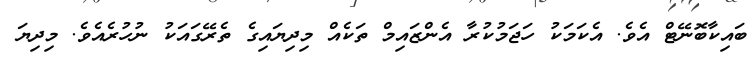
ބައިކާބޮނޭޓް އެވެ. އެކަމަކު ހަޖަމުކުރާ އެންޒައިމް ތަކެއް މިދިޔައިގެ ތެރޭގައަކު ނުހުރެއެވެ. މިދިޔަ